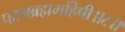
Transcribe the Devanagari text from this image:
परमब्रह्ममहिषी॥८॥